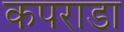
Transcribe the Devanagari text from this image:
कपराडा